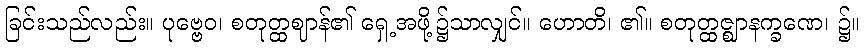
ခြင်းသည်လည်း။ ပုဗ္ဗေဝ၊ စတုတ္ထဈာန်၏ ရှေ့အဖို့၌သာလျှင်။ ဟောတိ၊ ၏။ စတုတ္ထဇ္ဈာနက္ခဏေ၊ ၌။